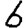
Digit: 6